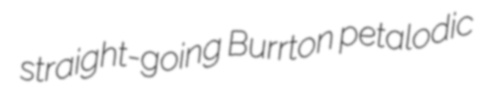
straight-going Burrton petalodic